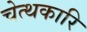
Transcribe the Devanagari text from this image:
चेत्थकारि